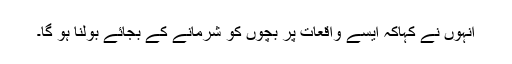
انہوں نے کہاکہ ایسے واقعات پر بچوں کو شرمانے کے بجائے بولنا ہو گا۔